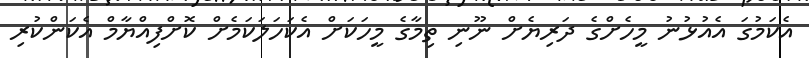
އެކަމުގަ އެއުޅުނު މީހެށްގެ ދަރިޔެށް ނޫނި ތިމާގެ މީހަކަށް އެކަހަލަކަމެށް ކޮށްފިއްޔާމް އެކަންކުރި